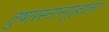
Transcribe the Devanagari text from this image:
तुषारस्नानगृहाला